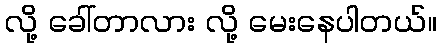
လို့ ခေါ်တာလား လို့ မေးနေပါတယ်။